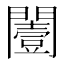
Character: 𨶮